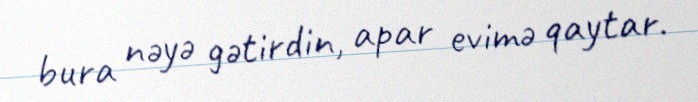
bura nəyə gətirdin, apar evimə qaytar.